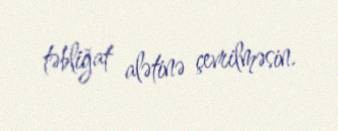
təbliğat alətinə çevrilməsin.